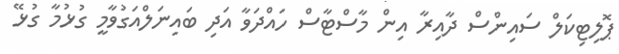
ޕޮލިޓިކަލް ސައިންސް ދާއިރާ އިން މާސްޓާސް ހައްދަވާ އަދި ބައިނަލްއަގުވާމީ ގުޅުމާ ގުޅޭ